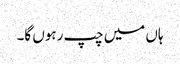
ہاں میں چپ رہوں گا۔